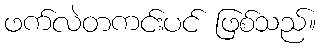
ဖက်လဲတကင်းပင် ဖြစ်သည်။